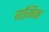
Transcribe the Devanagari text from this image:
गमिक